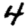
Digit: 4